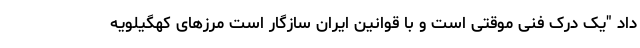
داد "یک درک فنی موقتی است و با قوانین ایران سازگار است مرزهای کهگیلویه